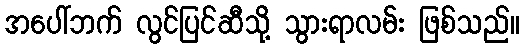
အပေါ်ဘက် လွင်ပြင်ဆီသို့ သွားရာလမ်း ဖြစ်သည်။